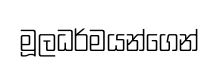
මූලධර්මයන්ගෙන්